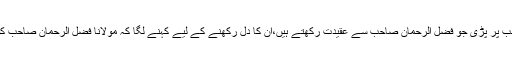
اچانک دوست کی نظر نسیم صاحب پر پڑی جو فضل الرحمان صاحب سے عقیدت رکھتے ہیں،ان کا دل رکھنے کے لیے کہنے لگا کہ مولانا فضل الرحمان صاحب کو اللہ تعالیٰ نے اعلیٰ مقام دیا ہے۔